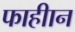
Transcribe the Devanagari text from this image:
फाहीान